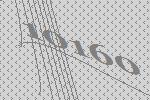
10160